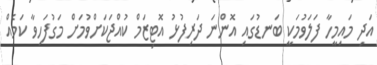
އަދި މައިމީހާ ފަލަވުމަކީ ބަނޑުގައި އޮންނަ ދަރިފުޅު އޮޓިޒަމް ކުއްޖަކަށްވުމަށް މަގުފަހިވާ ކަމެއް